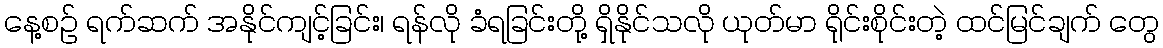
နေ့စဉ် ရက်ဆက် အနိုင်ကျင့်ခြင်း၊ ရန်လို ခံရခြင်းတို့ ရှိနိုင်သလို ယုတ်မာ ရိုင်းစိုင်းတဲ့ ထင်မြင်ချက် တွေ